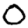
Digit: 0